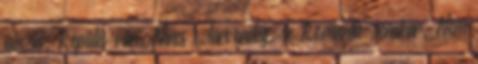
utazás. Repülés van. Nincs sztárvendég, se Romantic zenekar. Nem